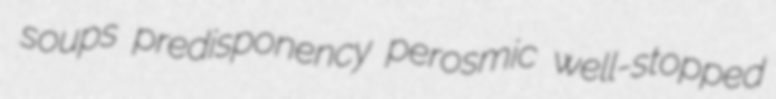
soups predisponency perosmic well-stopped